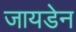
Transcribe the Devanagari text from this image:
जायडेन